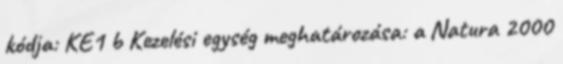
kódja: KE1 b Kezelési egység meghatározása: a Natura 2000